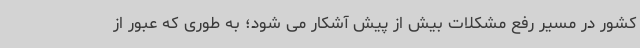
کشور در مسیر رفع مشکلات بیش از پیش آشکار می شود؛ به طوری که عبور از